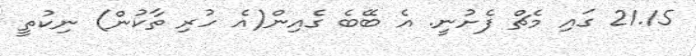
21.15 ގައި މެޗް ފެށުނީ. އެ ބޭބެ ގެއިން(އެ ހުރި ތާކުން) ނިކުތީ